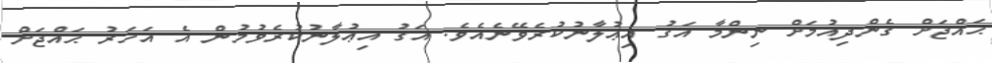
ޙައްޖަށް ގެންދިއުމަށް ނިންމާ އަގު އިޢުލާނުކުރެވޭނެއެވެ. އަގު އިޢުލާނުކުރެވުމުން އެ އަހަރު ޙައްޖަށް